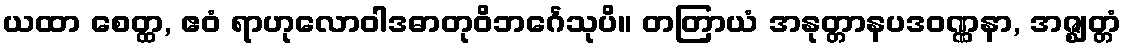
ယထာ စေတ္ထ, ဧဝံ ရာဟုလောဝါဒဓာတုဝိဘင်္ဂေသုပိ။ တတြာယံ အနုတ္တာနပဒဝဏ္ဏနာ, အဇ္ဈတ္တံ